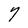
Character: 7